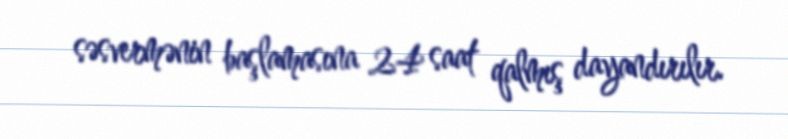
səsvermənin başlamasına 24 saat qalmış dayandırılır.